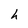
Character: h